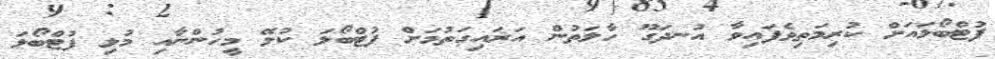
ފުޓްބޯޅައަށް ކުރިމަތިވެފައިވާ އުނދަގޫ ހާލަތުން އަރައިގަތުމަށް ފުޓްބޯޅަ ކުޅޭ މީހުންނާއި މުޅި ފުޓްބޯޅަ